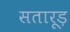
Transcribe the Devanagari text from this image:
सतारूड़